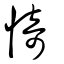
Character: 㥓